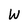
Character: W